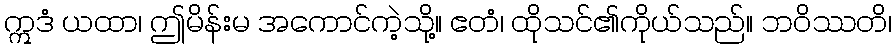
ဣဒံ ယထာ၊ ဤမိန်းမ အကောင်ကဲ့သို့။ ဧတံ၊ ထိုသင်၏ကိုယ်သည်။ ဘဝိဿတိ၊